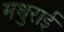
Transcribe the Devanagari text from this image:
मथुराई